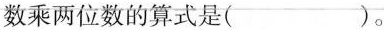
数乘两位数的算式是( )。